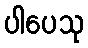
ပါပေသု